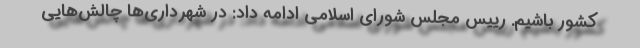
کشور باشیم. رییس مجلس شورای اسلامی ادامه داد: در شهرداری‌ها چالش‌هایی